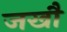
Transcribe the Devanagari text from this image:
जखौ